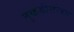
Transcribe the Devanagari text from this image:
तुकडीसोबत